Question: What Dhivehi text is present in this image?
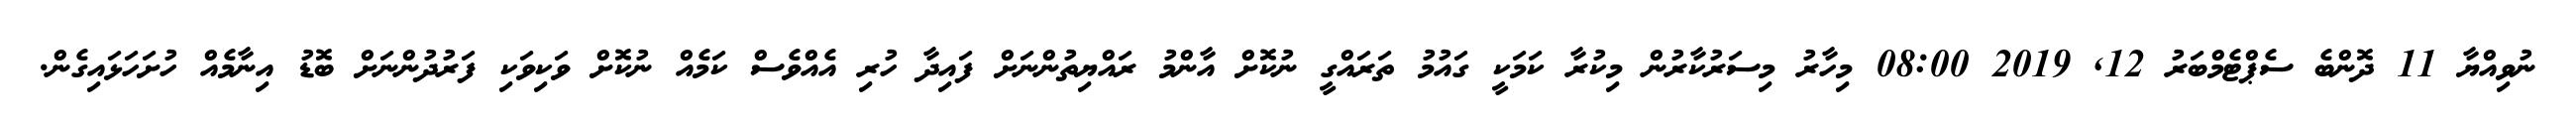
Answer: ނުވިއްޔާ 11 ދޮންބެ ސެޕްޓެމްބަރު 12, 2019 08:00 މިހާރު މިސަރުކާރުން މިކުރާ ކަމަކީ ގައުމު ތަރައްގީ ނުކޮށް އާންމު ރައްޔިތުންނަށް ފައިދާ ހުރި އެއްވެސް ކަމެއް ނުކޮށް ވަކިވަކި ފަރުދުންނަށް ބޮޑު އިނާމެއް ހުށަހަޅައިގެން.